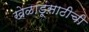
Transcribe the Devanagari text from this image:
खेळाडूंसाठीची